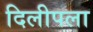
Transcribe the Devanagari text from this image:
दिलीपला